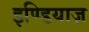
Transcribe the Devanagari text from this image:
इण्डियाज़